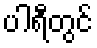
ပါရီတွင်